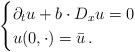
LaTeX: \begin{align*}\begin{cases}\partial_t u+b\cdot D_x u= 0 &\\u(0,\cdot)=\bar u\,.\end{cases}\end{align*}